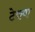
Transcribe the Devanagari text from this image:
टेकवा